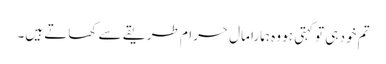
تم خود ہی تو کہتی ہو وہ ہمارا مال حرام طریقے سے کھاتے ہیں۔